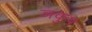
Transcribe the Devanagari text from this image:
ञकुप